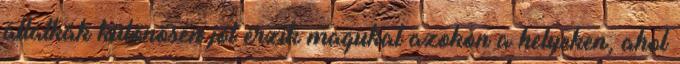
állatkák különösen jól érzik magukat azokon a helyeken, ahol